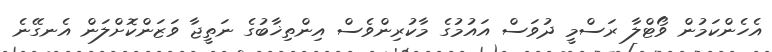
އެހެންކަމުން ވޯޓްލާ ރަސްމީ ދުވަސް އައުމުގެ މާކުރިންވެސް އިންތިޚާބުގެ ނަތީޖާ ވަޒަންކޮށްލަން އެނގޭނެ